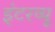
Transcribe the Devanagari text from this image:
इंटरव्‍यू